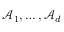
\mathcal { A } _ { 1 } , \ldots , \mathcal { A } _ { d }